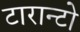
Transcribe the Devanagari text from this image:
टारान्टो